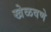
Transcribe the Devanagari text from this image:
खेळवणे